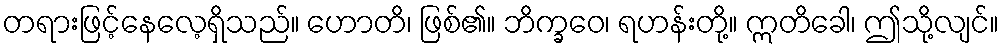
တရားဖြင့်နေလေ့ရှိသည်။ ဟောတိ၊ ဖြစ်၏။ ဘိက္ခဝေ၊ ရဟန်းတို့။ ဣတိခေါ၊ ဤသို့လျင်။